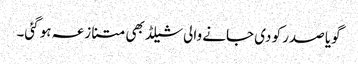
گویا صدر کو دی جانے والی شیلڈ بھی متنازعہ ہو گئی۔